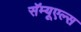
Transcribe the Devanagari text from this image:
सॅम्यूएल्स